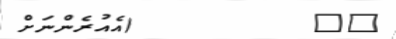
٦٥         (އެއުރެންނަށް